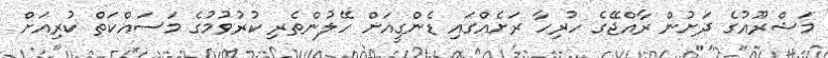
މަޝްރޫއުގެ ދަށުން ރާއްޖޭގެ ހުރިހާ ރަށެއްގައި ޑެންގީއަށް ހޭލުންތެރި ކުރުވުމުގެ މަސައްކަތް ކުރިއަށް